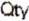
QTY